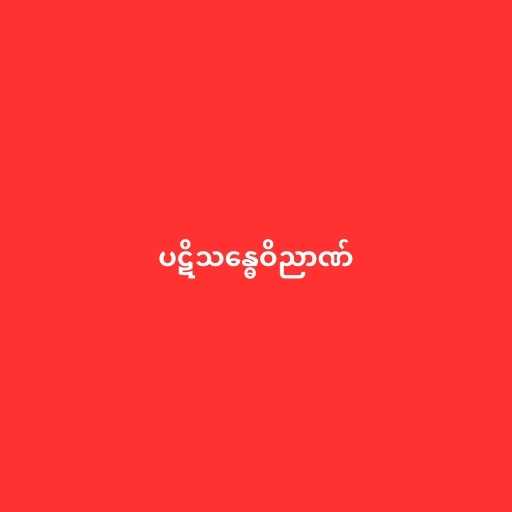
ပဋိသန္ဓေဝိညာဏ်